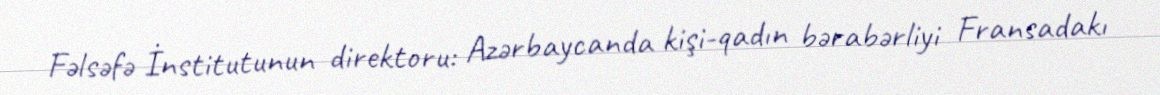
Fəlsəfə İnstitutunun direktoru: Azərbaycanda kişi-qadın bərabərliyi Fransadakı